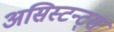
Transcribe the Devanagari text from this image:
असिस्टन्ट्स